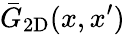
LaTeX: \bar{G}_{\mathrm{2D}}(x,x^{\prime})